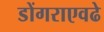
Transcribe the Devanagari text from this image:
डोंगराएवढे